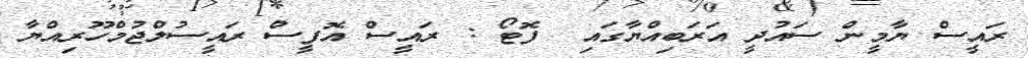
ރައީސް ޔާމީން ސައުދީ އަރަބިއްޔާގައި  ފޮޓޯ : ރައީސް އޮފީސް ރައީސުލްޖުމްހޫރިއްޔާ